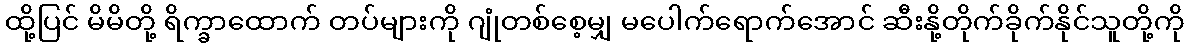
ထို့ပြင် မိမိတို့ ရိက္ခာထောက် တပ်များကို ဂျုံတစ်စေ့မျှ မပေါက်ရောက်အောင် ဆီးနို့တိုက်ခိုက်နိုင်သူတို့ကို